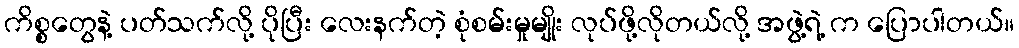
ကိစ္စတွေနဲ့ ပတ်သက်လို့ ပိုပြီး လေးနက်တဲ့ စုံစမ်းမှုမျိုး လုပ်ဖို့လိုတယ်လို့ အဖွဲ့ရဲ့ က ပြောပါတယ်။